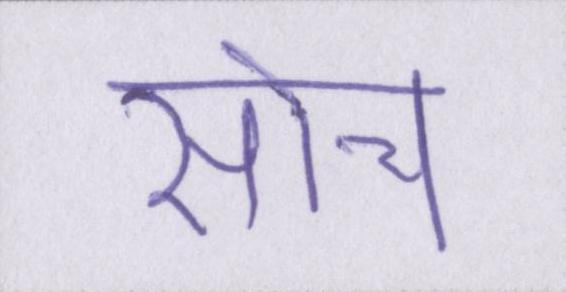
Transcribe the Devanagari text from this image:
सोच